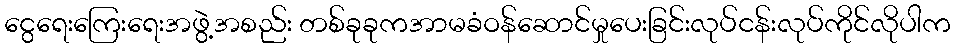
ငွေရေးကြေးရေးအဖွဲ့အစည်း တစ်ခုခုကအာမခံဝန်ဆောင်မှုပေးခြင်းလုပ်ငန်းလုပ်ကိုင်လိုပါက